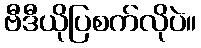
ဗီဒီယိုပြစက်လိုပဲ။